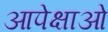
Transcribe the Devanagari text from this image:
आपेक्षाओं